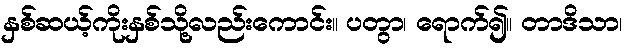
နှစ်ဆယ့်ကိုးနှစ်သို့လည်းကောင်း။ ပတွာ၊ ရောက်၍။ တာဒိသာ၊